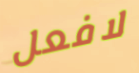
لافعل